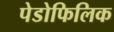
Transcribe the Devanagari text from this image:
पेडोफिलिक